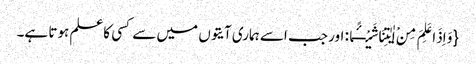
{وَ اِذَا عَلِمَ مِنْ اٰیٰتِنَا شَیْــٴًـا: اور جب اسے ہماری آیتوں میں سے کسی کاعلم ہوتا ہے۔